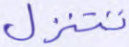
تتنزل